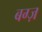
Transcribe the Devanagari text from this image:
बग्ज़